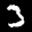
Label: 3